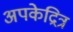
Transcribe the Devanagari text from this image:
अपकेद्रित्र